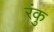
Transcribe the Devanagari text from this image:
रंकु